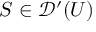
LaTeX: S \in { \mathcal { D } } ^ { \prime } ( U )